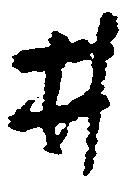
井